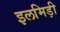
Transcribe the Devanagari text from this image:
इलमिड़ी